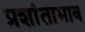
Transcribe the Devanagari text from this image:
प्रशांताभाव